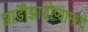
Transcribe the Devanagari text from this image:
झाडीझाडोप्यामध्ये